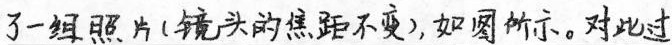
了一组照片(镜头的焦距不变),如图所示。对此过